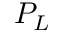
P _ { L }